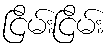
ငြိမ်းငြိမ်း